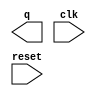
module ripple_carry(q,clk,reset);
output [3:0] q;
input clk,reset;


endmodule